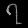
Digit: ၇